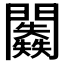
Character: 𨷥